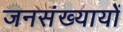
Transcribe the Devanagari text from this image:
जनसंख्यायों